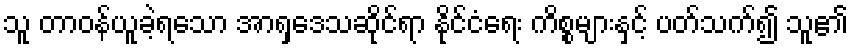
သူ တာဝန်ယူခဲ့ရသော အာရှဒေသဆိုင်ရာ နိုင်ငံရေး ကိစ္စများနှင့် ပတ်သက်၍ သူ၏